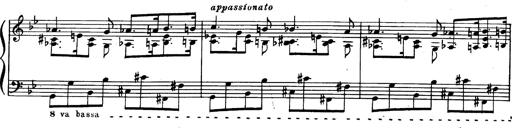
Title: Trauervorspiel und Trauermarsch
Composer: Franz Liszt